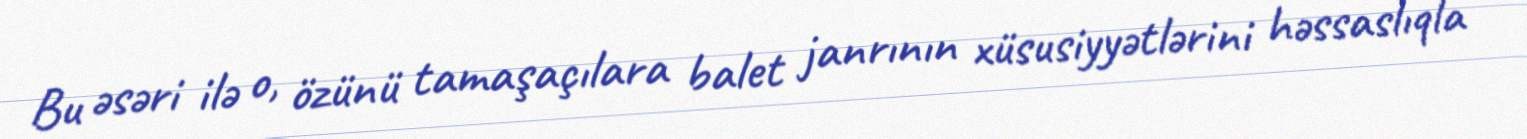
Bu əsəri ilə o, özünü tamaşaçılara balet janrının xüsusiyyətlərini həssaslıqla